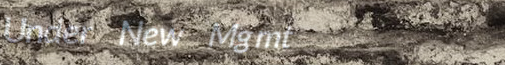
Under New Mgmt